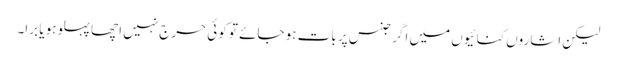
لیکن اشاروں کنائیوں میں اگر جنس پر بات ہو جائے تو کوئی حرج نہیں اچھا پہلوہو یا برا۔